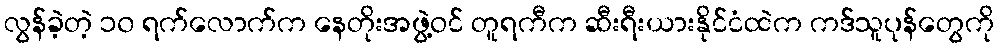
လွန်ခဲ့တဲ့ ၁၀ ရက်လောက်က နေတိုးအဖွဲ့ဝင် တူရကီက ဆီးရီးယားနိုင်ငံထဲက ကဒ်သူပုန်တွေကို